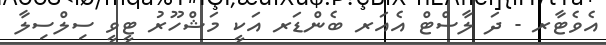
އެވެޓާރ - ދަ ލާސްޓް އެއަރ ބެންޑަރ އަކީ މަޝްހޫރު ޓީވީ ސިލްސިލާ